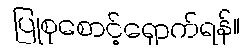
ပြုစုစောင့်ရှောက်ရန်။